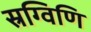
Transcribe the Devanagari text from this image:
स्रग्विणि